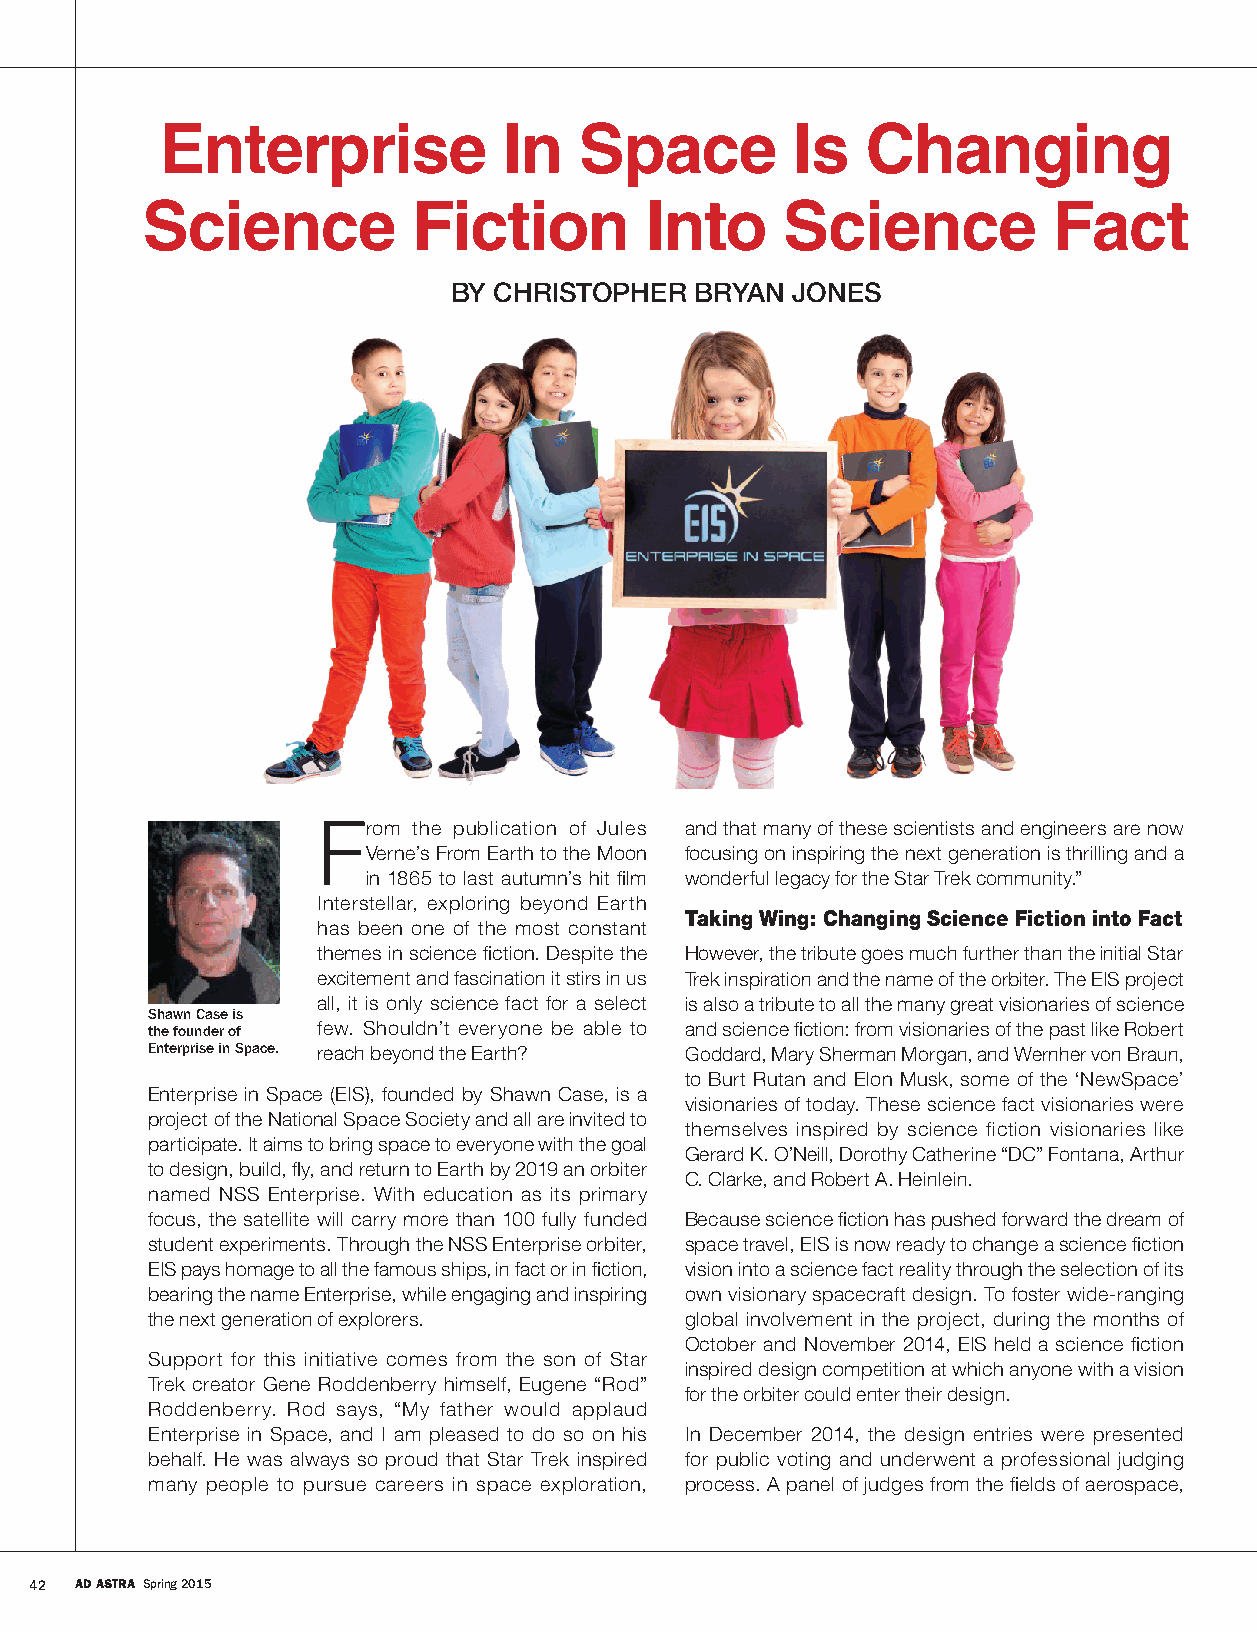
Enterprise            In   Space         Is   Changing
 Science           Fiction         Into     Science           Fact
 BY CHRISTOPHER  BRYAN JONES
 From  the publication of Jules and that many of these scientists and engineers are now
 Verne’s From Earth to the Moon focusing on inspiring the next generation is thrilling and a
 in 1865 to last autumn’s hit film wonderful legacy for the Star Trek community.”
 Interstellar, exploring beyond Earth
 Taking Wing: Changing Science Fiction into Fact
 has been one of the most constant
 themes in science fiction. Despite the However, the tribute goes much further than the initial Star
 excitement and fascination it stirs in us Trek inspiration and the name of the orbiter. The EIS project
 all, it is only science fact for a select is also a tribute to all the many great visionaries of science
 Shawn Case is
 the founder of few. Shouldn’t everyone be able to and science fiction: from visionaries of the past like Robert
 Enterprise in Space. reach beyond the Earth? Goddard, Mary Sherman Morgan, and Wernher von Braun,
 to Burt Rutan and Elon Musk, some of the ‘NewSpace’
 Enterprise in Space (EIS), founded by Shawn Case, is a
 visionaries of today. These science fact visionaries were
 project of the National Space Society and all are invited to
 themselves inspired by science fiction visionaries like
 participate. It aims to bring space to everyone with the goal
 Gerard K. O’Neill, Dorothy Catherine “DC” Fontana, Arthur
 to design, build, fly, and return to Earth by 2019 an orbiter
 C. Clarke, and Robert A. Heinlein.
 named NSS Enterprise. With education as its primary
 focus, the satellite will carry more than 100 fully funded Because science fiction has pushed forward the dream of
 student experiments. Through the NSS Enterprise orbiter, space travel, EIS is now ready to change a science fiction
 EIS pays homage to all the famous ships, in fact or in fiction, vision into a science fact reality through the selection of its
 bearing the name Enterprise, while engaging and inspiring own visionary spacecraft design. To foster wide-ranging
 the next generation of explorers.  global involvement in the project, during the months of
 October and November 2014, EIS held a science fiction
 Support for this initiative comes from the son of Star
 inspired design competition at which anyone with a vision
 Trek creator Gene Roddenberry himself, Eugene “Rod”
 for the orbiter could enter their design.
 Roddenberry. Rod says, “My father would applaud
 Enterprise in Space, and I am pleased to do so on his In December 2014, the design entries were presented
 behalf. He was always so proud that Star Trek inspired for public voting and underwent a professional judging
 many people to pursue careers in space exploration, process. A panel of judges from the fields of aerospace,
 42 AD ASTRA Spring 2015